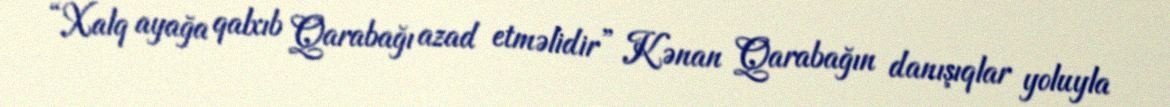
“Xalq ayağa qalxıb Qarabağı azad etməlidir” Kənan Qarabağın danışıqlar yoluyla